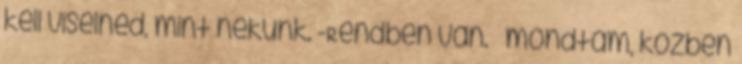
kell viselned, mint nekünk. -Rendben van. – mondtam, közben